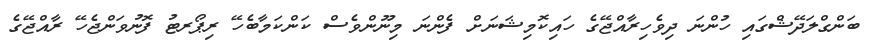
ބަންގްލަދޭޝްގައި ހުންނަ ދިވެހިރާއްޖޭގެ ހައިކޮމިޝަނަށް ފެންނަ މިނޫންވެސް ކަންކަމާބެހޭ ރިޕޯރޓު ފޮނުވަންޖެހޭ ރާއްޖޭގެ